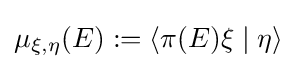
\mu _{\xi ,\eta }(E):=\langle \pi (E)\xi \mid \eta \rangle